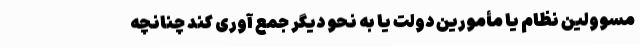
مسوولین نظام یا مأمورین دولت یا به نحو دیگر ‌جمع ‌آوری کند چنانچه